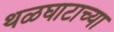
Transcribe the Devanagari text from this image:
थळघाटाच्या